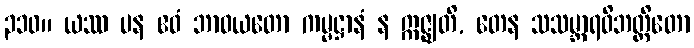
၃၁၀။ ယဿ ပန ဧဝံ ဘာဝယတော ကမ္မဋ္ဌာနံ န ဣဇ္ဈတိ, တေန သသမ္ဘာရဝိဘတ္တိတော